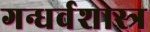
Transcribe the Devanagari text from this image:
गन्धर्वशास्त्र